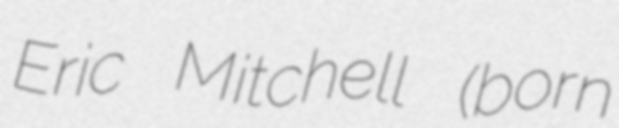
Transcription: Eric Mitchell (born